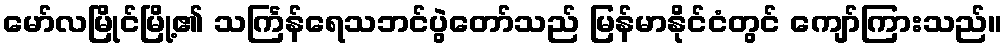
မော်လမြိုင်မြို့၏ သင်္ကြန်ရေသဘင်ပွဲတော်သည် မြန်မာနိုင်ငံတွင် ကျော်ကြားသည်။